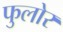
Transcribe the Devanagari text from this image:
फुलोर